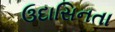
ઉદાસિનતા